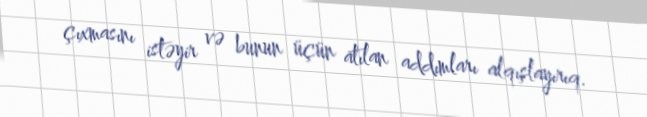
çıxmasını istəyir və bunun üçün atılan addımları alqışlayırıq.